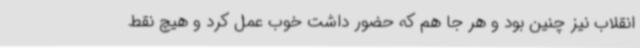
انقلاب نیز چنین بود و هر جا هم که حضور داشت خوب عمل کرد و هیچ نقط